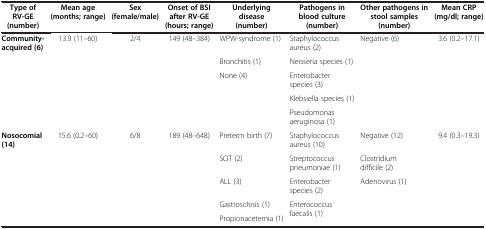
<table><thead><tr><td><b>Type of RV-GE (number)</b></td><td><b>Mean age (months; range)</b></td><td><b>Sex (female/male)</b></td><td><b>Onset of BSI after RV-GE (hours; range)</b></td><td><b>Underlying disease (number)</b></td><td><b>Pathogens in blood culture (number)</b></td><td><b>Other pathogens in stool samples (number)</b></td><td><b>Mean CRP (mg/dl; range)</b></td></tr></thead><tbody><tr><td rowspan="5"><b>Community-acquired (6)</b></td><td rowspan="5">13.9 (11–60)</td><td rowspan="5">2/4</td><td rowspan="5">149 (48–384)</td><td>WPW-syndrome (1)</td><td>Staphylococcus aureus (2)</td><td rowspan="5">Negative (6)</td><td rowspan="5">3.6 (0.2–17.1)</td></tr><tr><td>Bronchitis (1)</td><td>Neisseria species (1)</td></tr><tr><td rowspan="3">None (4)</td><td>Enterobacter species (3)</td></tr><tr><td>Klebsiella species (1)</td></tr><tr><td>Pseudomonas aeruginosa (1)</td></tr><tr><td rowspan="5"><b>Nosocomial (14)</b></td><td rowspan="5">15.6 (0.2–60)</td><td rowspan="5">6/8</td><td rowspan="5">189 (48–648)</td><td>Preterm birth (7)</td><td>Staphylococcus aureus (10)</td><td>Negative (12)</td><td rowspan="5">9.4 (0.3–19.3)</td></tr><tr><td>SOT (2)</td><td>Streptococcus pneumoniae (1)</td><td>Clostridium difficile (2)</td></tr><tr><td>ALL (3)</td><td>Enterobacter species (2)</td><td rowspan="3">Adenovirus (1)</td></tr><tr><td>Gastroschisis (1)</td><td rowspan="2">Enterococcus faecalis (1)</td></tr><tr><td>Propionacetemia (1)</td></tr></tbody></table>